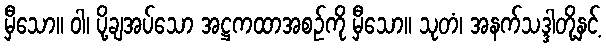
မှီသော။ ဝါ၊ ပို့ချအပ်သော အဋ္ဌကထာအစဉ်ကို မှီသော။ သုတံ၊ အနက်သဒ္ဒါတို့နှင့်